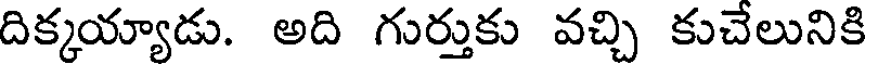
దిక్కయ్యాడు. అది గుర్తుకు వచ్చి కుచేలునికి